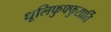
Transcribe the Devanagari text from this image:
धूलिफुफ्फुसार्ति